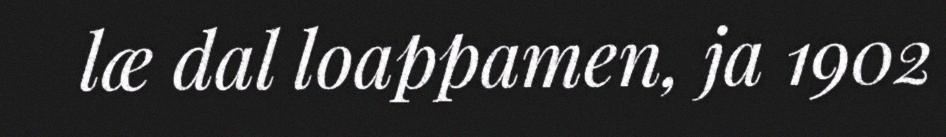
læ dal loappamen, ja 1902